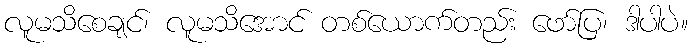
လူမသိစေချင်၊ လူမသိအောင် တစ်ယောက်တည်း ဖော်ပြ၊ ဒါပါပဲ။